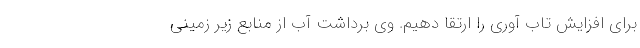
برای افزایش تاب آوری را ارتقا دهیم. وی برداشت آب‌ از منابع زیر زمینی